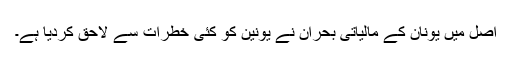
اصل میں یونان کے مالیاتی بحران نے یونین کو کئی خطرات سے لاحق کردیا ہے۔